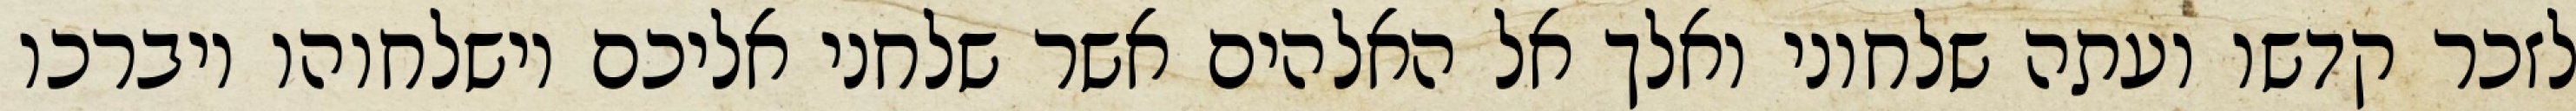
לזכר קדשו ועתה שלחוני ואלך אל האלהים אשר שלחני אליכם וישלחוהו ויברכו